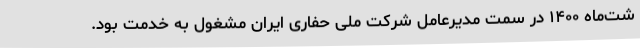
شت‌ماه ۱۴۰۰ در سمت مدیرعامل شرکت ملی حفاری ایران مشغول به خدمت بود.